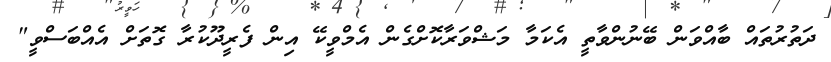
ދަތުރުތައް ބާއްވަން ބޭނުންވާތީ އެކަމާ މަޝްވަރާކޮށްގެން އެމްވީކޭ އިން ފެރީދޫކުރާ ގޮތަށް އެއްބަސްވީ"